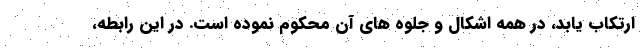
ارتکاب یابد، در همه اشکال و جلوه های آن محکوم نموده است. در این رابطه،